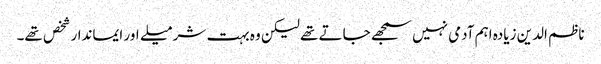
ناظم الدین زیادہ اہم آدمی نہیں سمجھے جاتے تھے لیکن وہ بہت شرمیلے اور ایماندار شخص تھے۔